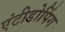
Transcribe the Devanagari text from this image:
एंटीडोपिंग